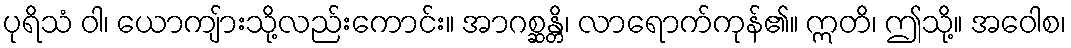
ပုရိသံ ဝါ၊ ယောကျ်ားသို့လည်းကောင်း။ အာဂစ္ဆန္တိ၊ လာရောက်ကုန်၏။ ဣတိ၊ ဤသို့။ အဝေါစ၊